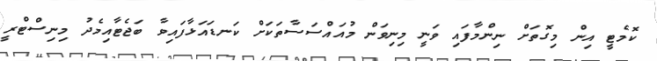
ކޮމެޓީ އިން މިގޮތަށް ނިންމާފައި ވަނީ މިނިވަން މުއައްސަސާތަކަށް ކަނޑައަޅާފައިވާ ބަޖެޓާއިމެދު މިނިސްޓްރީ